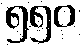
၅၅၀